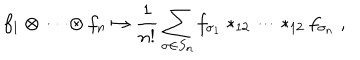
f _ { 1 } \otimes \cdots \otimes f _ { n } \mapsto \frac { 1 } { n ! } \sum _ { \sigma \in S _ { n } } f _ { \sigma _ { 1 } } \ast _ { 1 2 } \cdots \ast _ { 1 2 } f _ { \sigma _ { n } } \; ,